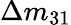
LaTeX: \Delta m_{31}